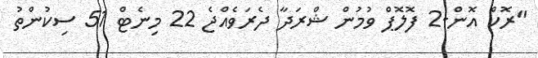
"ރޮކް އޮން-2 ފޮލޮޕް ވުމުން ޝްރަދާ ދެރަވެއްޖެ 22 މިނެޓް 51 ސިކުންތު